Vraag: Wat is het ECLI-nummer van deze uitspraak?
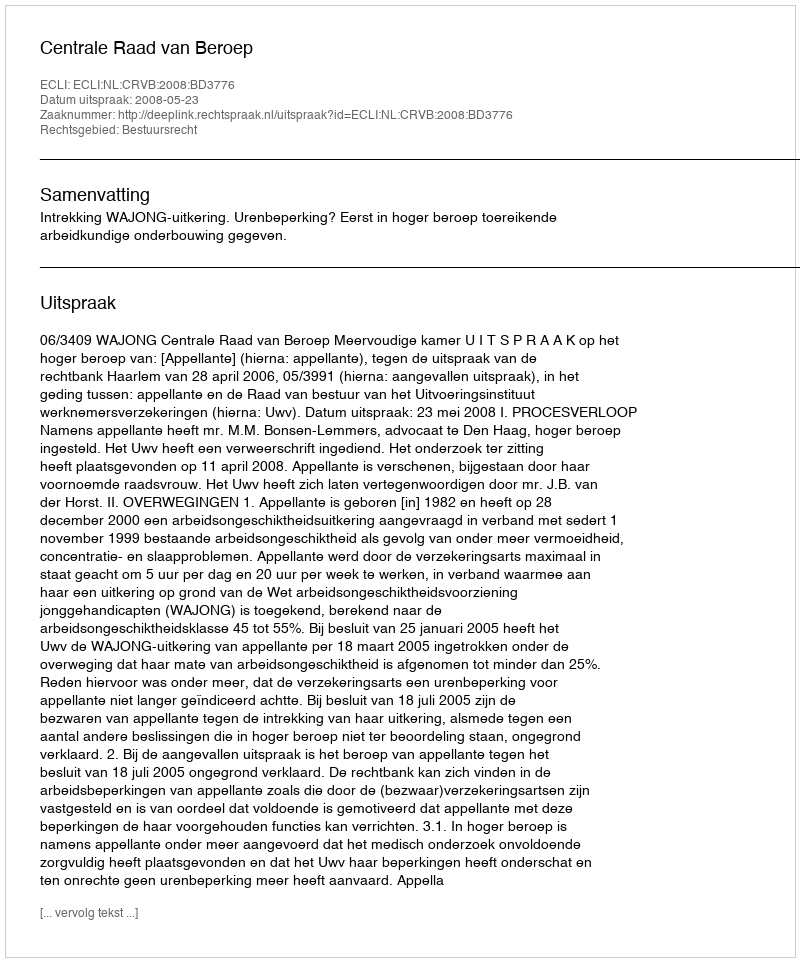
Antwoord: ECLI:NL:CRVB:2008:BD3776